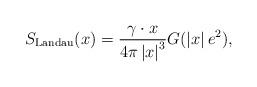
LaTeX: \begin{align*}S_{\rm Landau}(x) = \frac{\gamma\cdot x}{4\pi\left|x\right|^3} G(\left|x\right|e^2),\end{align*}